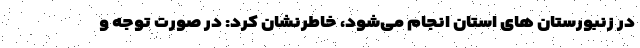
در زنبورستان های استان انجام می‌شود، خاطرنشان کرد: در صورت توجه و